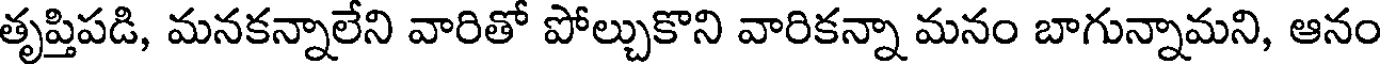
తృప్తిపడి, మనకన్నాలేని వారితో పోల్చుకొని వారికన్నా మనం బాగున్నామని, ఆనం